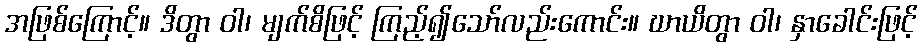
အဖြစ်ကြောင့်။ ဒိတွာ ဝါ၊ မျက်စိဖြင့် ကြည့်၍သော်လည်းကောင်း။ ဃာယိတွာ ဝါ၊ နှာခေါင်းဖြင့်